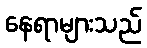
နေရာများသည်